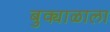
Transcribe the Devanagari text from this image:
बुक्याळाला